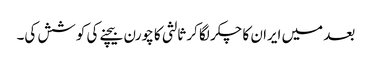
بعد میں ایران کا چکر لگا کر ثالثی کا چورن بیچنے کی کوشش کی۔